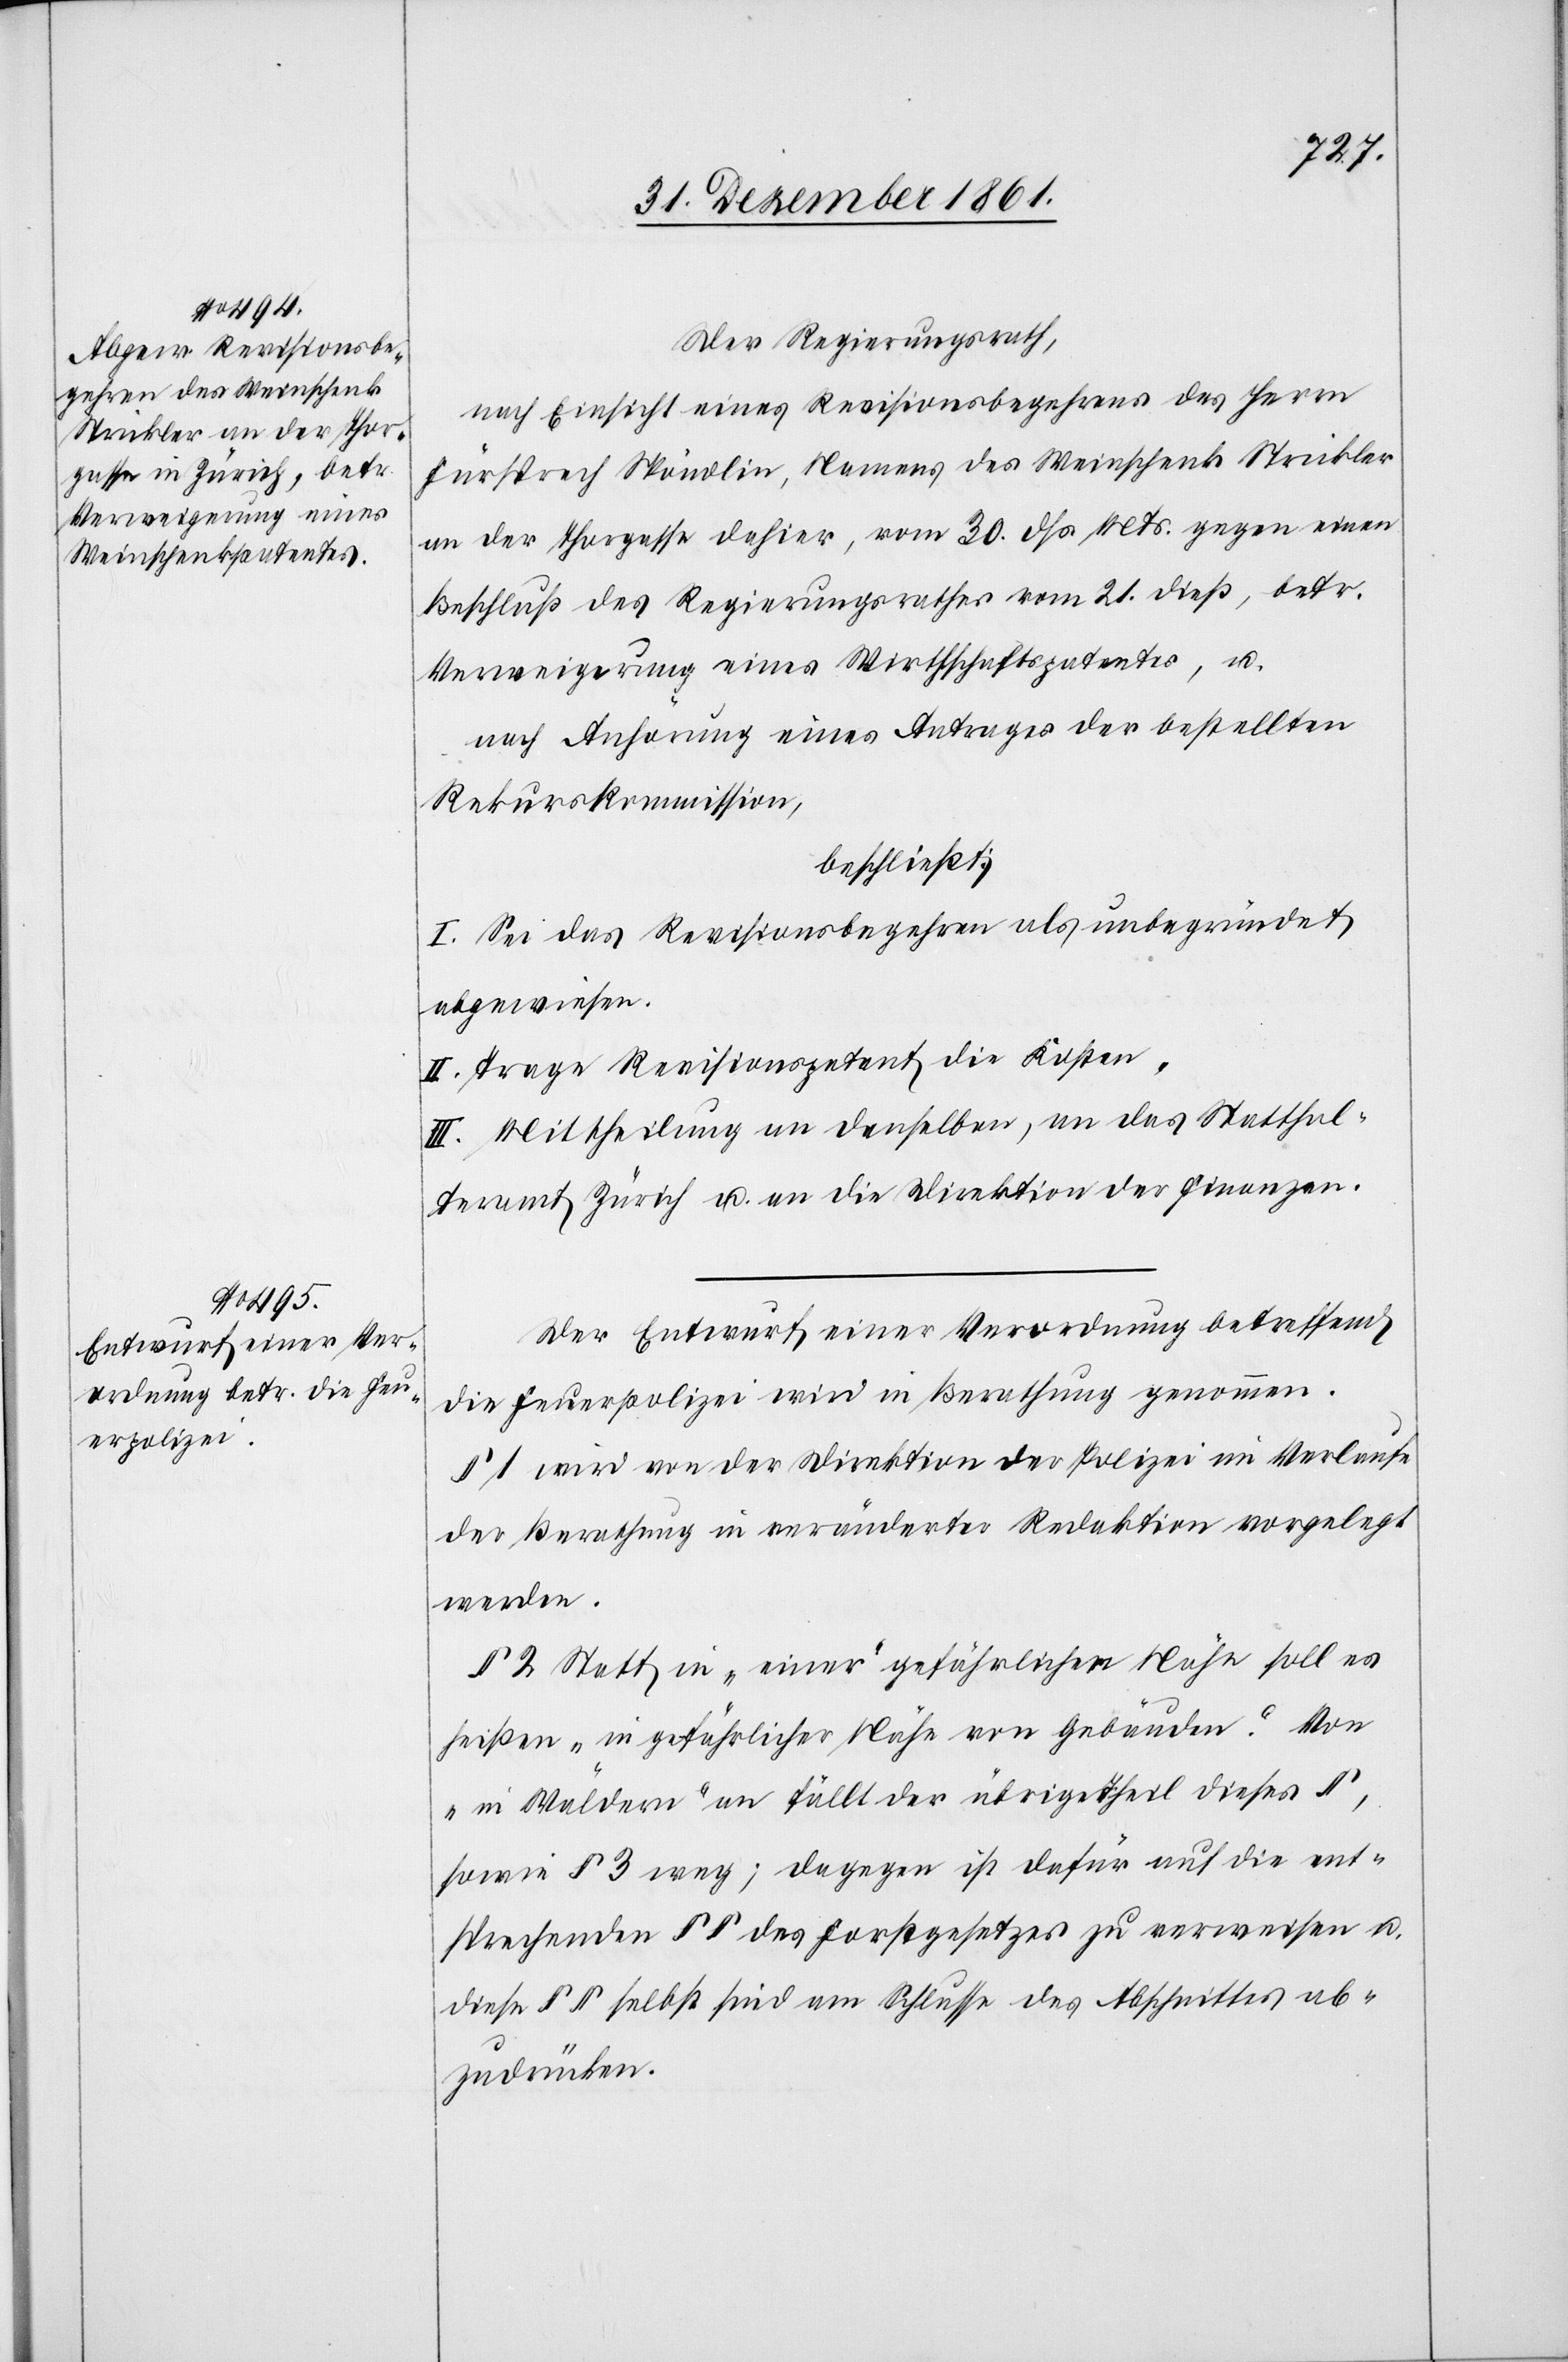
Der Regierungsrath,
nach Einsicht eines Revisionsbegehrens des Herrn
Fürsprech Spöndlin, Namens des Weinschenk Strickler
an der Thorgasse dahier, vom 30 dss. Mts. gegen einen
Beschluß des Regierungsrathes vom 21 dieß, betr.
Verweigerung eines Wirthschaftspatentes, u.
nach Anhörung eines Antrages der bestellten
Rekurskommission,
beschließt:
I. Sei das Revisionsbegehren als unbegründet
abgewiesen.
II. Trage Revisionspetent die Kosten.
III. Mittheilung an denselben, an das Statthal¬
teramt Zürich u. an die Direktion der Finanzen.
Der Entwurf einer Verordnung betreffend
die Feuerpolizei wird in Berathung genommen.
§ 1 wird von der Direktion der Polizei im Verlaufe
der Berathung in veränderter Redaktion vorgelegt
werden.
§ 2 Statt in „einer“ gefährlichen Nähe, soll es
heißen „in gefährlicher Nähe von Gebäuden“. Von
„in Wäldern“ an fällt der übrige Theil dieses §,
sowie § 3 weg; dagegen ist dafür auf die ent¬
sprechenden §§ des Forstgesetzes zu verweisen u.
diese §§ selbst sind am Schlusse des Abschnittes ab¬
zudrucken.